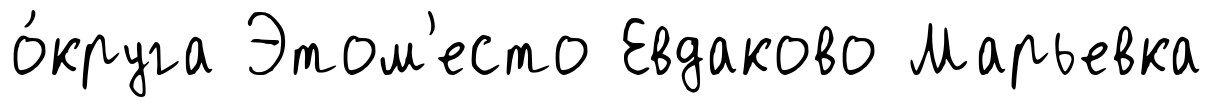
о́круга Этом'есто Евдаково Марьевка